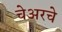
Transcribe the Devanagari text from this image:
चेअरचे